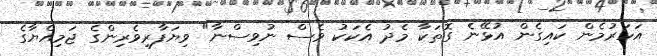
އަހަރުމެން ކައިގެން އުޅޭނެ ގޮތަކާ މެދު އެކަކު ވެސް ނުވިސްނާ" ވިޔަފާރިވެރިންގެ ޖަމިއްޔާގެ